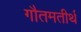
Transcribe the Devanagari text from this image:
गौतमतीर्थ